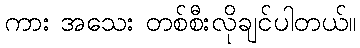
ကား အသေး တစ်စီးလိုချင်ပါတယ်။